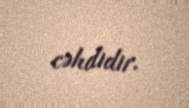
cəhdidir.